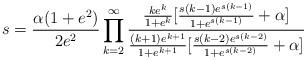
LaTeX: \begin{align*}s=\frac{\alpha(1+e^2)}{2e^2}\prod_{k=2}^{\infty}{\frac{\frac{ke^k}{1+e^k}[\frac{s(k-1)e^{s(k-1)}}{1+e^{s(k-1)}}+\alpha]}{\frac{(k+1)e^{k+1}}{1+e^{k+1}}[\frac{s(k-2)e^{s(k-2)}}{1+e^{s(k-2)}}+\alpha]}}\end{align*}